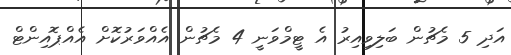
އަދި 5 މެޗުން ބަލިވިއިރު އެ ޓީމްވަނީ 4 މެޗުން އެއްވަރުކޮށް އެއްޕޮއިންޓް